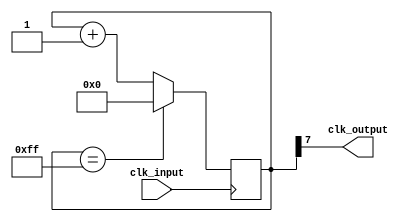
module clock_generation(
    input wire clk_input,
    output wire clk_output
);

reg [7:0] counter;

always @(posedge clk_input) begin
    if (counter == 8'hFF)
        counter <= 8'h00;
    else
        counter <= counter + 1;
end

assign clk_output = counter[7];

endmodule